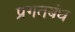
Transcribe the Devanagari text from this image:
प्रगतबंध